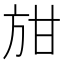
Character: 𭤭